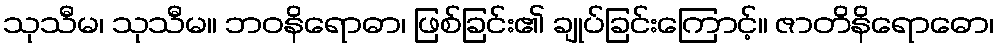
သုသီမ၊ သုသီမ။ ဘဝနိရောဓာ၊ ဖြစ်ခြင်း၏ ချုပ်ခြင်းကြောင့်။ ဇာတိနိရောဓော၊